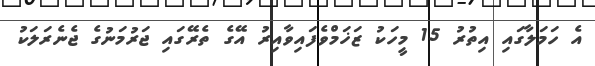
އެ ހަމަލާގައި އިތުރު 15 މީހަކު ޒަޚަމްވެފައިވާއިރު އޭގެ ތެރޭގައި ޖަރުމަނުގެ ޖެނެރަލަކު